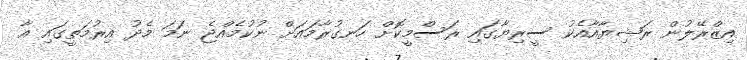
އިޒްރޭލުން ރަޝިޔާއާއެކު ސީރިޔާގައި ރަސްމީކޮށް ހަނގުރާމައަށް ނުކުމެއްޖެ ނަމަ މެދު އިރުމަތީގައި އާ